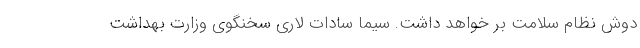
دوش نظام سلامت بر خواهد داشت. سیما سادات لاری سخنگوی وزارت بهداشت